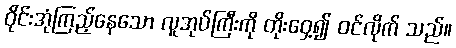
ဝိုင်းအုံကြည့်နေသော လူအုပ်ကြီးကို တိုးဝှေ့၍ ဝင်လိုက် သည်။